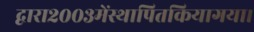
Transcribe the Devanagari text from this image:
द्वारा२००३मेंस्थापितकियागया।